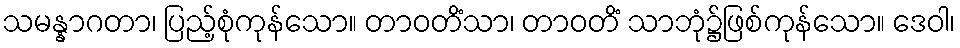
သမန္နာဂတာ၊ ပြည့်စုံကုန်သော။ တာဝတိံသာ၊ တာဝတိံ သာဘုံ၌ဖြစ်ကုန်သော။ ဒေဝါ၊